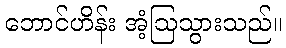
ဘောင်ဟိန်း အံ့ဩသွားသည်။